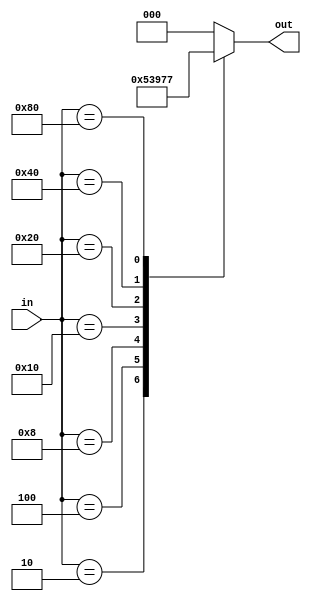
`timescale 1ns / 1ps
//////////////////////////////////////////////////////////////////////////////////
// Company: NTHU
//
// Module Name: encoder
// Project Name:Chip2Chip
// Additional Comments: Encoder used to encode one hot switch input to binary encoding.
// I/O:
// in        :input from swithes, in one hot.
// out       :encoded ouput, in binary.
//////////////////////////////////////////////////////////////////////////////////


module encoder(in, out);
    input [8-1:0] in;
    output reg [3-1:0] out;
    always@(*) begin
        case(in)
            8'b0000_0001: out = 3'd0;
            8'b0000_0010: out = 3'd1;
            8'b0000_0100: out = 3'd2;
            8'b0000_1000: out = 3'd3;
            8'b0001_0000: out = 3'd4;
            8'b0010_0000: out = 3'd5;
            8'b0100_0000: out = 3'd6;
            8'b1000_0000: out = 3'd7;
            default: out = 0;
         endcase
    end
endmodule